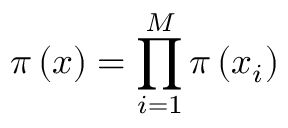
\pi \left( \boldsymbol { x } \right) = \prod _ { i = 1 } ^ { M } \pi \left( x _ { i } \right)